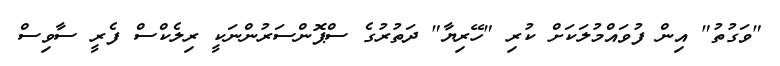
"ވަގުތު" އިން ފުވައްމުލަކަށް ކުރި "ހޭރިޔާ" ދަތުރުގެ ސްޕޮންސަރުންނަކީ ރިލެކްސް ފެރީ ސާވިސް